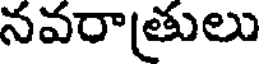
నవరాత్రులు